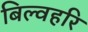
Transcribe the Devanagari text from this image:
बिल्वहरि